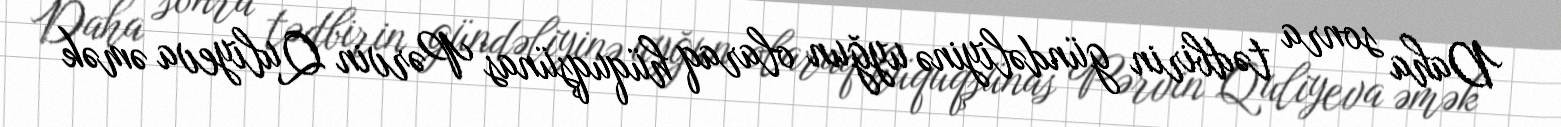
Daha sonra tədbirin gündəliyinə uyğun olaraq hüquqşünas Pərvin Quliyeva əmək